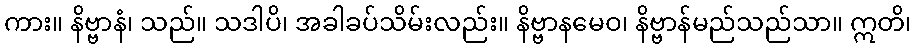
ကား။ နိဗ္ဗာနံ၊ သည်။ သဒါပိ၊ အခါခပ်သိမ်းလည်း။ နိဗ္ဗာနမေဝ၊ နိဗ္ဗာန်မည်သည်သာ။ ဣတိ၊